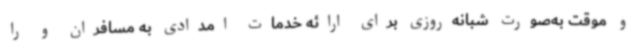
و موقت به‌صورت شبانه‌روزی برای ارائه خدمات امدادی به مسافران و را